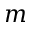
m